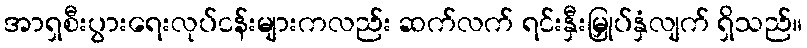
အာရှစီးပွားရေးလုပ်ငန်းများကလည်း ဆက်လက် ရင်းနှီးမြှုပ်နှံလျက် ရှိသည်။